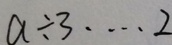
a \div 3 \cdots 2